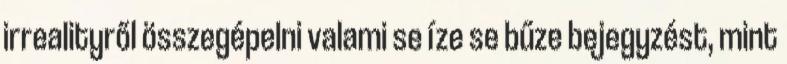
irrealityről összegépelni valami se íze se bűze bejegyzést, mint